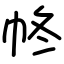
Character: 㠽